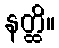
နတ္ထိ။